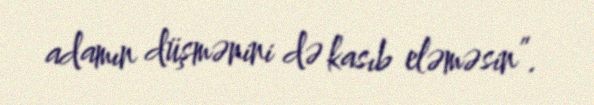
adamın düşmənini də kasıb eləməsin”.